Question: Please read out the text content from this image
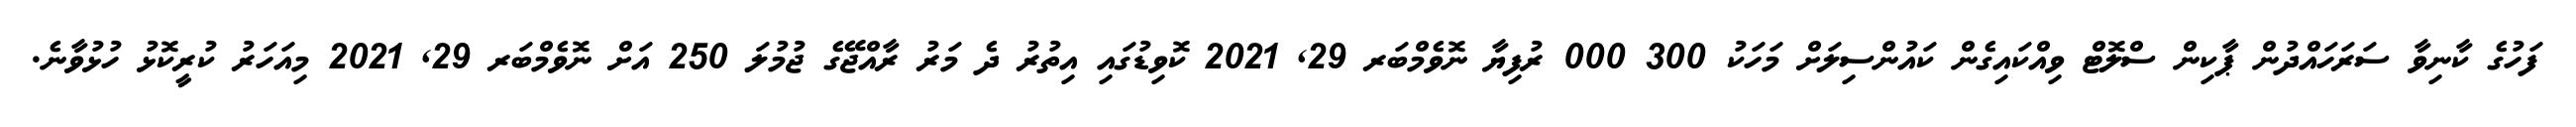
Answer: ފަހުގެ ކާނިވާ ސަރަހައްދުން ޕާކިން ސްލޮޓް ވިއްކައިގެން ކައުންސިލަށް މަހަކު 300 000 ރުފިޔާ ނޮވެމްބަރ 29, 2021 ކޮވިޑުގައި އިތުރު ދެ މަރު ރާއްޖޭގެ ޖުމުލަ 250 އަށް ނޮވެމްބަރ 29, 2021 މިއަހަރު ކުރީކޮޅު ހުޅުވާނެ.